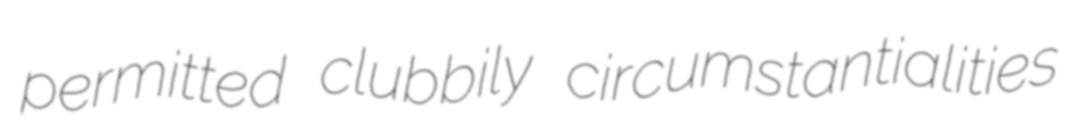
permitted clubbily circumstantialities